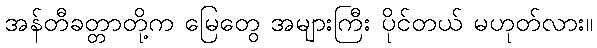
အန်တီခတ္တာတို့က မြေတွေ အများကြီး ပိုင်တယ် မဟုတ်လား။